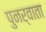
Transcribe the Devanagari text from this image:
पुनर्वाता